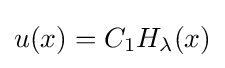
u(x)=C_{1}H_{\lambda }(x)